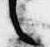
之